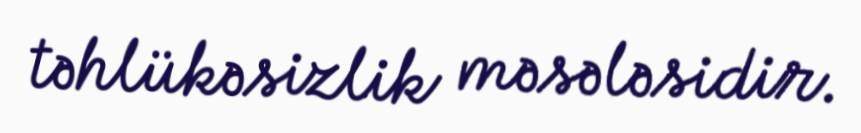
təhlükəsizlik məsələsidir.